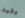
يفيد